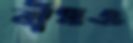
বাঁধও